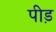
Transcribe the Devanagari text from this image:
पीड़